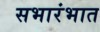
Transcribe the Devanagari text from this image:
सभारंभात